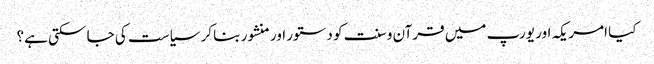
کیا امریکہ اور یورپ میں قرآن و سنت کو دستور اور منشور بنا کر سیاست کی جا سکتی ہے؟